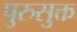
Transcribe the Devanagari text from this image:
पुरुसुक्त